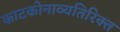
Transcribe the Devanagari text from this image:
काटकोनाव्यतिरिक्त